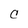
Character: C